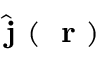
\hat { \mathrm { ~ \bf ~ j ~ } } ( \mathrm { ~ \bf ~ r ~ } )